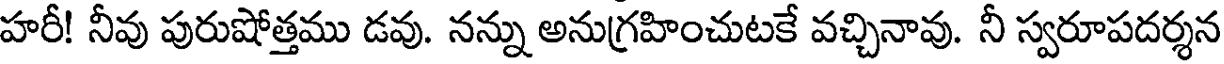
హరీ! నీవు పురుషోత్తము డవు. నన్ను అనుగ్రహించుటకే వచ్చినావు. నీ స్వరూపదర్శన